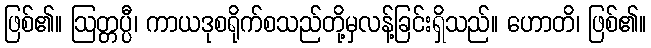
ဖြစ်၏။ ဩတ္တပ္ပီ၊ ကာယဒုစရိုက်စသည်တို့မှလန့်ခြင်းရှိသည်။ ဟောတိ၊ ဖြစ်၏။